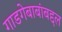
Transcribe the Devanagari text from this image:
गाडगेबाबांबद्दल